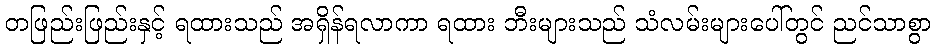
တဖြည်းဖြည်းနှင့် ရထားသည် အရှိန်ရလာကာ ရထား ဘီးများသည် သံလမ်းများပေါ်တွင် ညင်သာစွာ